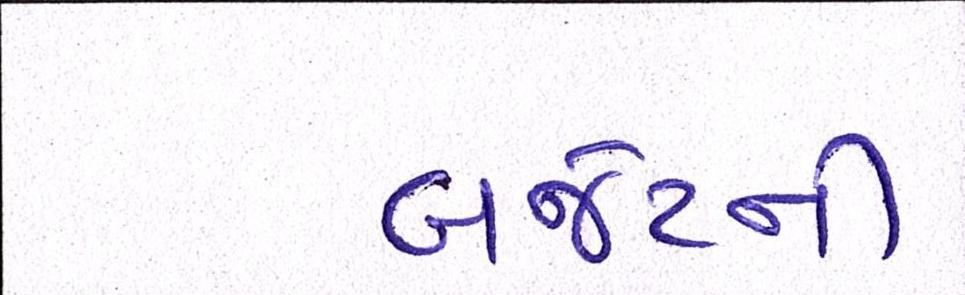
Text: બજેટની